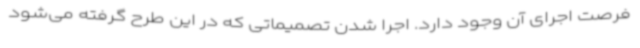
فرصت اجرای آن وجود دارد. اجرا شدن تصمیماتی که در این طرح گرفته می‌شود